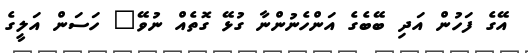
އޭގެ ފަހުން އަދި ބޭބެގެ އަންހެނުންނާ ގުޅޭ ގޮތެއް ނުވޭ" ހަސަން އަލީގެ